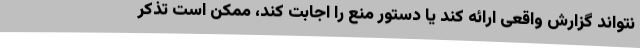
نتواند گزارش واقعی ارائه کند یا دستور منع را اجابت کند، ممکن است تذکر